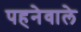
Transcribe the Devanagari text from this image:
पहनेवाले